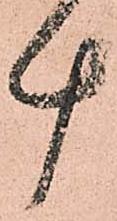
計